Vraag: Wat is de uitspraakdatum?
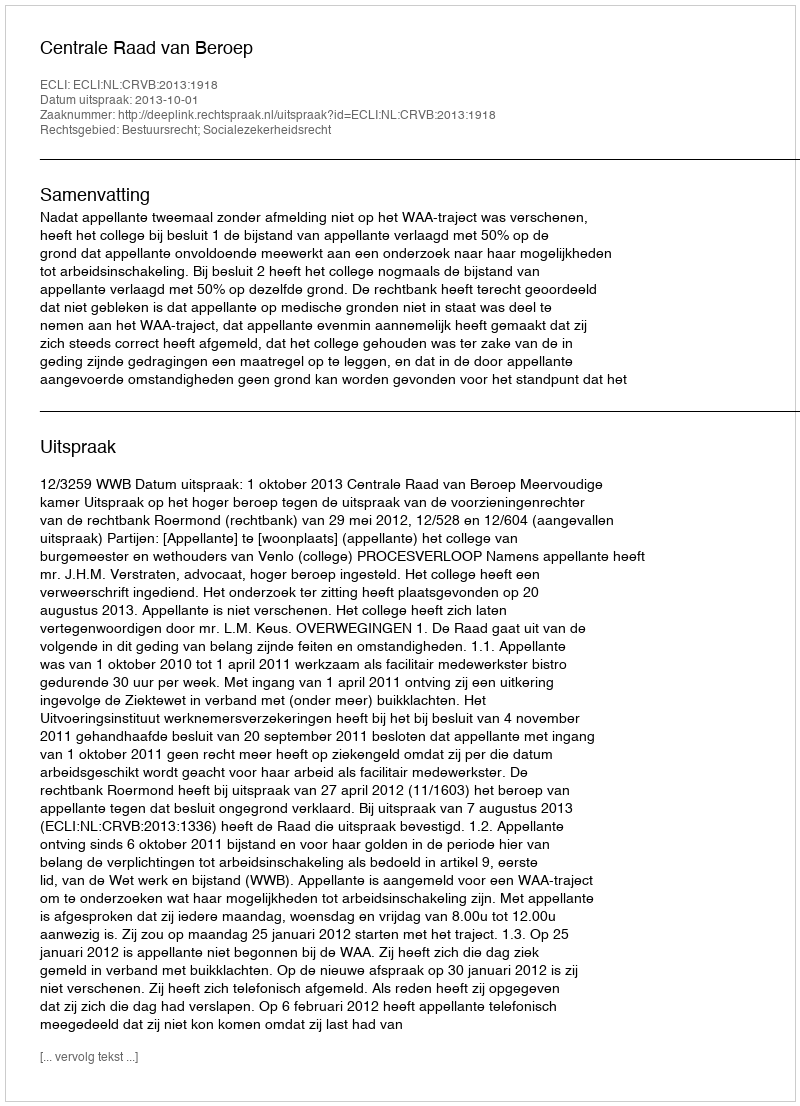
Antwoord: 2013-10-01